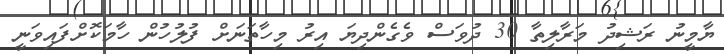
ޔާމީނު ރަޝިދު މަރާލިތާ 30 ދުވަސް ވެގެންދިޔަ އިރު މިހާތަނަށް ފުލުހުން ހާމަކޮށްފައިވަނީ